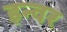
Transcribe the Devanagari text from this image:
इन्वर